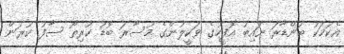
އެކަމަކު ބަންޑާރަ ނައިބު އޮފީހުގެ ވަކީލުންގެ މުސާރަ ބޮޑު ކުރިތޯ ސާފު ކުރަން